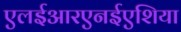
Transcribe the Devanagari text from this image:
एलईआरएनईएशिया